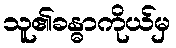
သူ၏ခန္ဓာကိုယ်မှ